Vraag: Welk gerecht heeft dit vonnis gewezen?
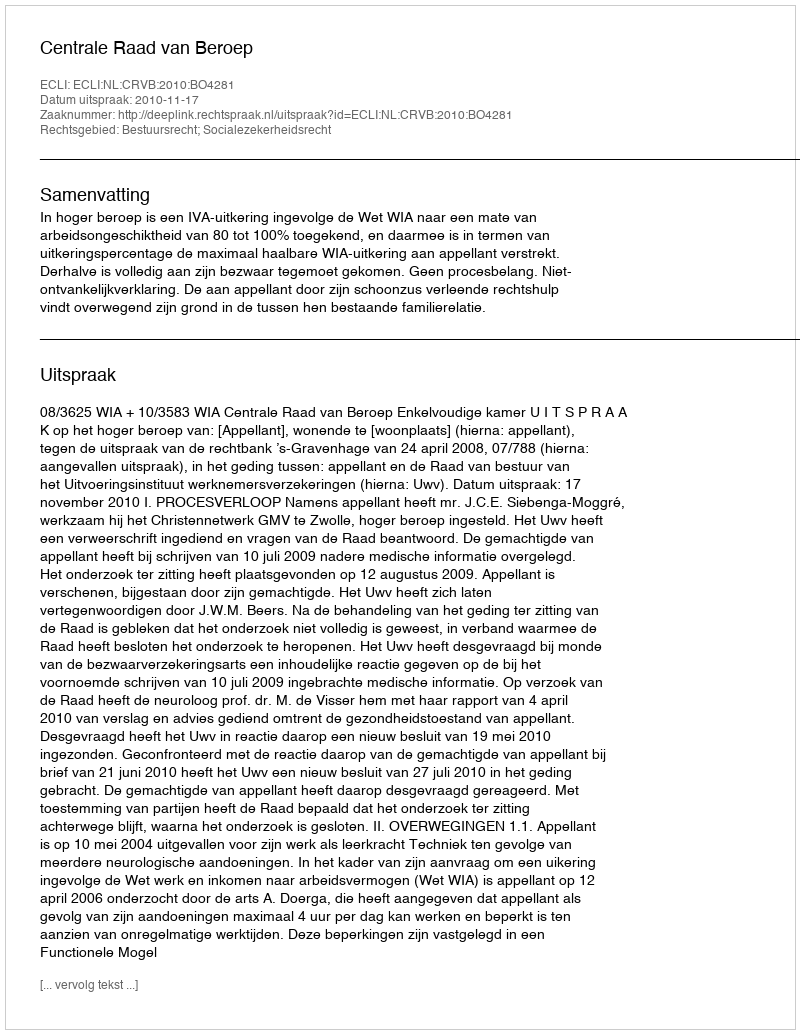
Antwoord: Centrale Raad van Beroep